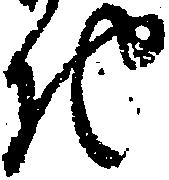
地